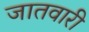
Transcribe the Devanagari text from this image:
जातवारी